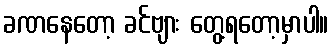
ခဏနေတော့ ခင်ဗျား တွေ့ရတော့မှာပါ။